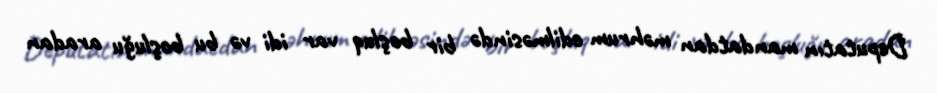
Deputatın mandatdan məhrum edilməsində bir boşluq var idi və bu boşluğu aradan